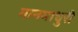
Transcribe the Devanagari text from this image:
मानमाधुरी